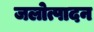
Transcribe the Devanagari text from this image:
जलोत्पादन